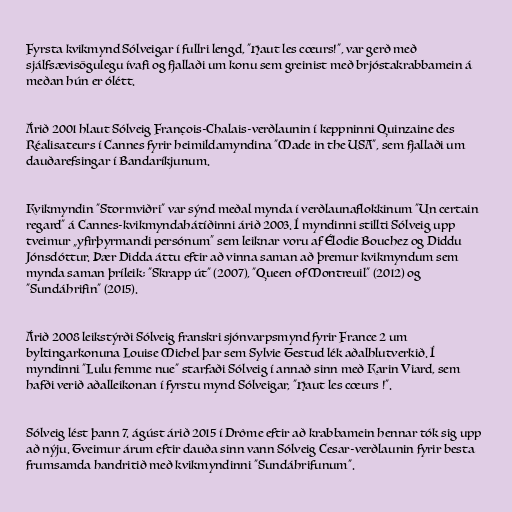
Fyrsta kvikmynd Sólveigar í fullri lengd, "Haut les cœurs!", var gerð með
sjálfsævisögulegu ívafi og fjallaði um konu sem greinist með brjóstakrabbamein á
meðan hún er ólétt.

Árið 2001 hlaut Sólveig François-Chalais-verðlaunin í keppninni Quinzaine des
Réalisateurs í Cannes fyrir heimildamyndina "Made in the USA", sem fjallaði um
dauðarefsingar í Bandaríkjunum.

Kvikmyndin "Stormviðri" var sýnd meðal mynda í verðlaunaflokkinum "Un certain
regard" á Cannes-kvikmyndahátíðinni árið 2003. Í myndinni stillti Sólveig upp
tveimur „yfirþyrmandi persónum“ sem leiknar voru af Élodie Bouchez og Diddu
Jónsdóttur. Þær Didda áttu eftir að vinna saman að þremur kvikmyndum sem
mynda saman þríleik; "Skrapp út" (2007), "Queen of Montreuil" (2012) og
"Sundáhrifin" (2015).

Árið 2008 leikstýrði Sólveig franskri sjónvarpsmynd fyrir France 2 um
byltingarkonuna Louise Michel þar sem Sylvie Testud lék aðalhlutverkið. Í
myndinni "Lulu femme nue" starfaði Sólveig í annað sinn með Karin Viard, sem
hafði verið aðalleikonan í fyrstu mynd Sólveigar, "Haut les cœurs !".

Sólveig lést þann 7. ágúst árið 2015 í Drôme eftir að krabbamein hennar tók sig upp
að nýju. Tveimur árum eftir dauða sinn vann Sólveig Cesar-verðlaunin fyrir besta
frumsamda handritið með kvikmyndinni "Sundáhrifunum".